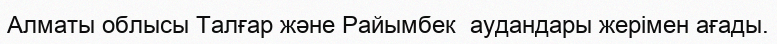
Алматы облысы Талғар және Райымбек  аудандары жерімен ағады.